Statistical return of the lunatic asylum in Assam - 1912-1932
Year: 1912
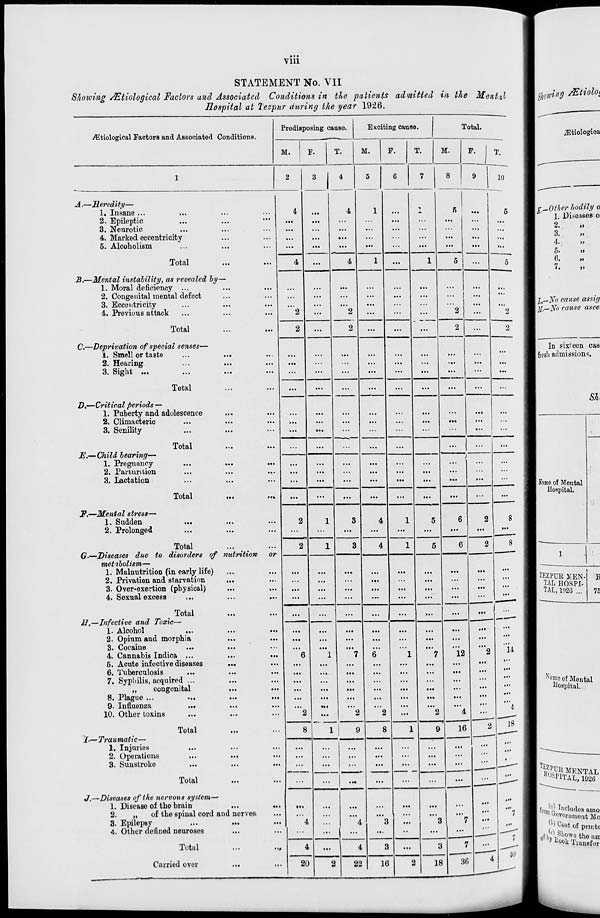
Vlll
STATEMENT No. VII
Showing AUtiological Factors and Associated Conditions in the patients admitted in the Ment.il
Hospital at Tezpur during the year 1926.
Predisposing cause.
Exciting cause.
Total.
biological Factors and Associated Conditions.
M.
F.
T.
M.
F.
T.
M.
F. I T.
1
2
3
4
5
6
7
8
9
10
A.—Heredity—
1. Insane ...
...
. • ■
4
...
4
1
...
j.
5
...
5
2. Epileptic
...
...
...
...
...
...
...
3. Neurotic
...
...
4. Marked eccentricity
...
6. Alcoholism
...
...
...
...
...
...
- •
...
...
...
...
Total
4
...
4
1
1
5
...
5
B.—Mental instability, as revealed by
1. Moral deficiency ...
...
...
...
...
...
...
...
...
...
2. Congenital mental defect
...
...
...
...
...
...
3. Eccentricity
...
...
...
...
4. Previous attack
...
...
2
...
2
2
...
...
.
2
...
2
Total
2
...
...
...
2
...
2
C.—Deprivation of special senses—
1. Smell or taste
...
...
...
...
■..
...
2. Hearing
...
...
...
...
...
...
...
3. Sight ...
...
...
...
...
...
...
...
...
...
...
Total
...
...
—.
...
...
...
...
D,—Critical periods —
1. Puberty and adolescence
...
...
...
...
...
...
...
..«
...
2. Climacteric
...
...
...
...
...
...
3. Senility
...
...
...
...
...
...
...
...
...
Total
...
E.—Child bearing—
i
1. Pregnancy
...
...
...
...
...
...
...
...
...
...
...
2. Parturition
...
...
...
...
...
...
3. Lactation
•<>
„.
...
...
...
...
...
...
...
...
...
Total
...
...
...
...
...
...
...
...
...
F.—Mental stress—
1. Sudden
...
...
2
1
3
4
1
5
6
2
8
2. Prolonged
...
...
...
...
...
...
...
...
...
...
...
Total
2
1
3
4
1
5
6
2
8
(?.—Diseases due to disorders of
metibolism—
nutrition
or
1. Malnutrition (in early life)
...
...
...
...
...
...
...
...
...
2. Privation and starvation
...
...
...
...
3. Over-exertion (physical)
...
...
...
...
...
4. Sexual excess
...
...
...
...
...
...
...
...
...
... —^1—-
Total
1 ...
H.—Infective and Toxic—
—•
1. Alcohol
...
...
...
...
...
...
...
2. Opium and morphia
...
...
...
...
...
...
...
3. Cocaine
...
...
"u
4. Cannabis Indica ...
...
...
6
1
7
6
1
7
12
2
6. Acute infective diseases
•••
...
...
...
6. Tuberculosis
...
...
.
...
...
...
7. Syphilis, acquired ...
...
...
...
...
...
...
...
...
„
congenital
...
...
...
...
...
...
...
...
...
...
...
8. Plague ...
...
...
...
...
...
...
...
9. Influenza
...
...
...
Ml
...
...
"4
10. Other toxins
• >•
2
1
2
2
...
2
4
2
Total
8
9
8
1
9
16
18
I-—Traumatic—
1. Injuries
...
...
...
...
...
2. Operations
...
...
...
...
...
...
...
...
...
...
3. Sunstroke
...
...
...
...
...
...
...
...
...
—-
Total
...
...
...
...
...
...
...
...
...
• >•
J,—Diseases of the nervous system-'
1. Disease of the brain
...
...
••«
.,
...
...
2.
„
of the spinal cord and nerves
...
...
...
...
...
...
7
3. Epilepsy
...
...
4
4
3
...
3
7
...
4. Other defined neuroses
• «.
• •»
...
...
...
....
••
...
7
36
4
*
Total
4
...
4
3
...
3
1
Carried over
20
2
22
16
2
18
jEtiologica
t' -Other bodily a
1. Diseases 0
2.
i)
3.
J>
4.
»>
5.
»
6.
»
7.
"
I,—No cause assig
jjf,_No cause asce.
In sixfeen cas
I fresh admissions.